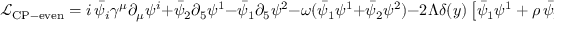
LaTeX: \mathcal { L } _ { \mathrm { C P - e v e n } } = i \, \bar { \psi } _ { i } \gamma ^ { \mu } \partial _ { \mu } \psi ^ { i } + \bar { \psi } _ { 2 } \partial _ { 5 } \psi ^ { 1 } - \bar { \psi } _ { 1 } \partial _ { 5 } \psi ^ { 2 } - \omega ( \bar { \psi } _ { 1 } \psi ^ { 1 } + \bar { \psi } _ { 2 } \psi ^ { 2 } ) - 2 \Lambda \delta ( y ) \left[ \bar { \psi } _ { 1 } \psi ^ { 1 } + \rho \, \bar { \psi } _ { 2 } \psi ^ { 2 } \right]